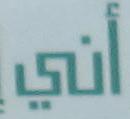
أني